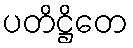
ပတိဋ္ဌိတေ